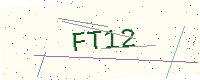
Text: FT12